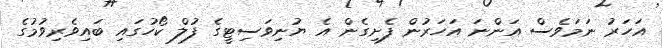
އަހަރު ނަމަވެސް އަންނަ އަހަރުން ފެށިގެން އެ ޔުނިވަސިޓީގެ ފުލް ކޯހުގައި ބައިވެރިވުމުގެ